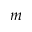
m